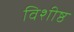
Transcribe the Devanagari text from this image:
विशीष्ठ